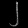
Digit: ၂